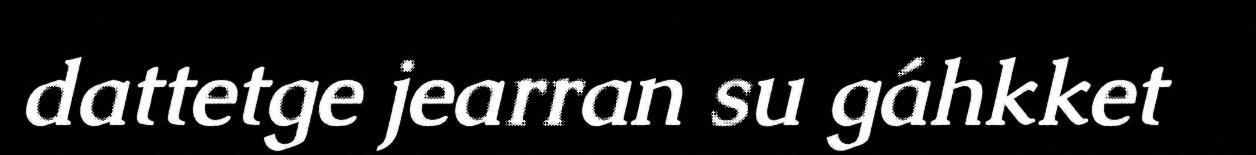
dattetge jearran su gáhkket